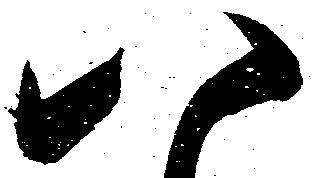
八